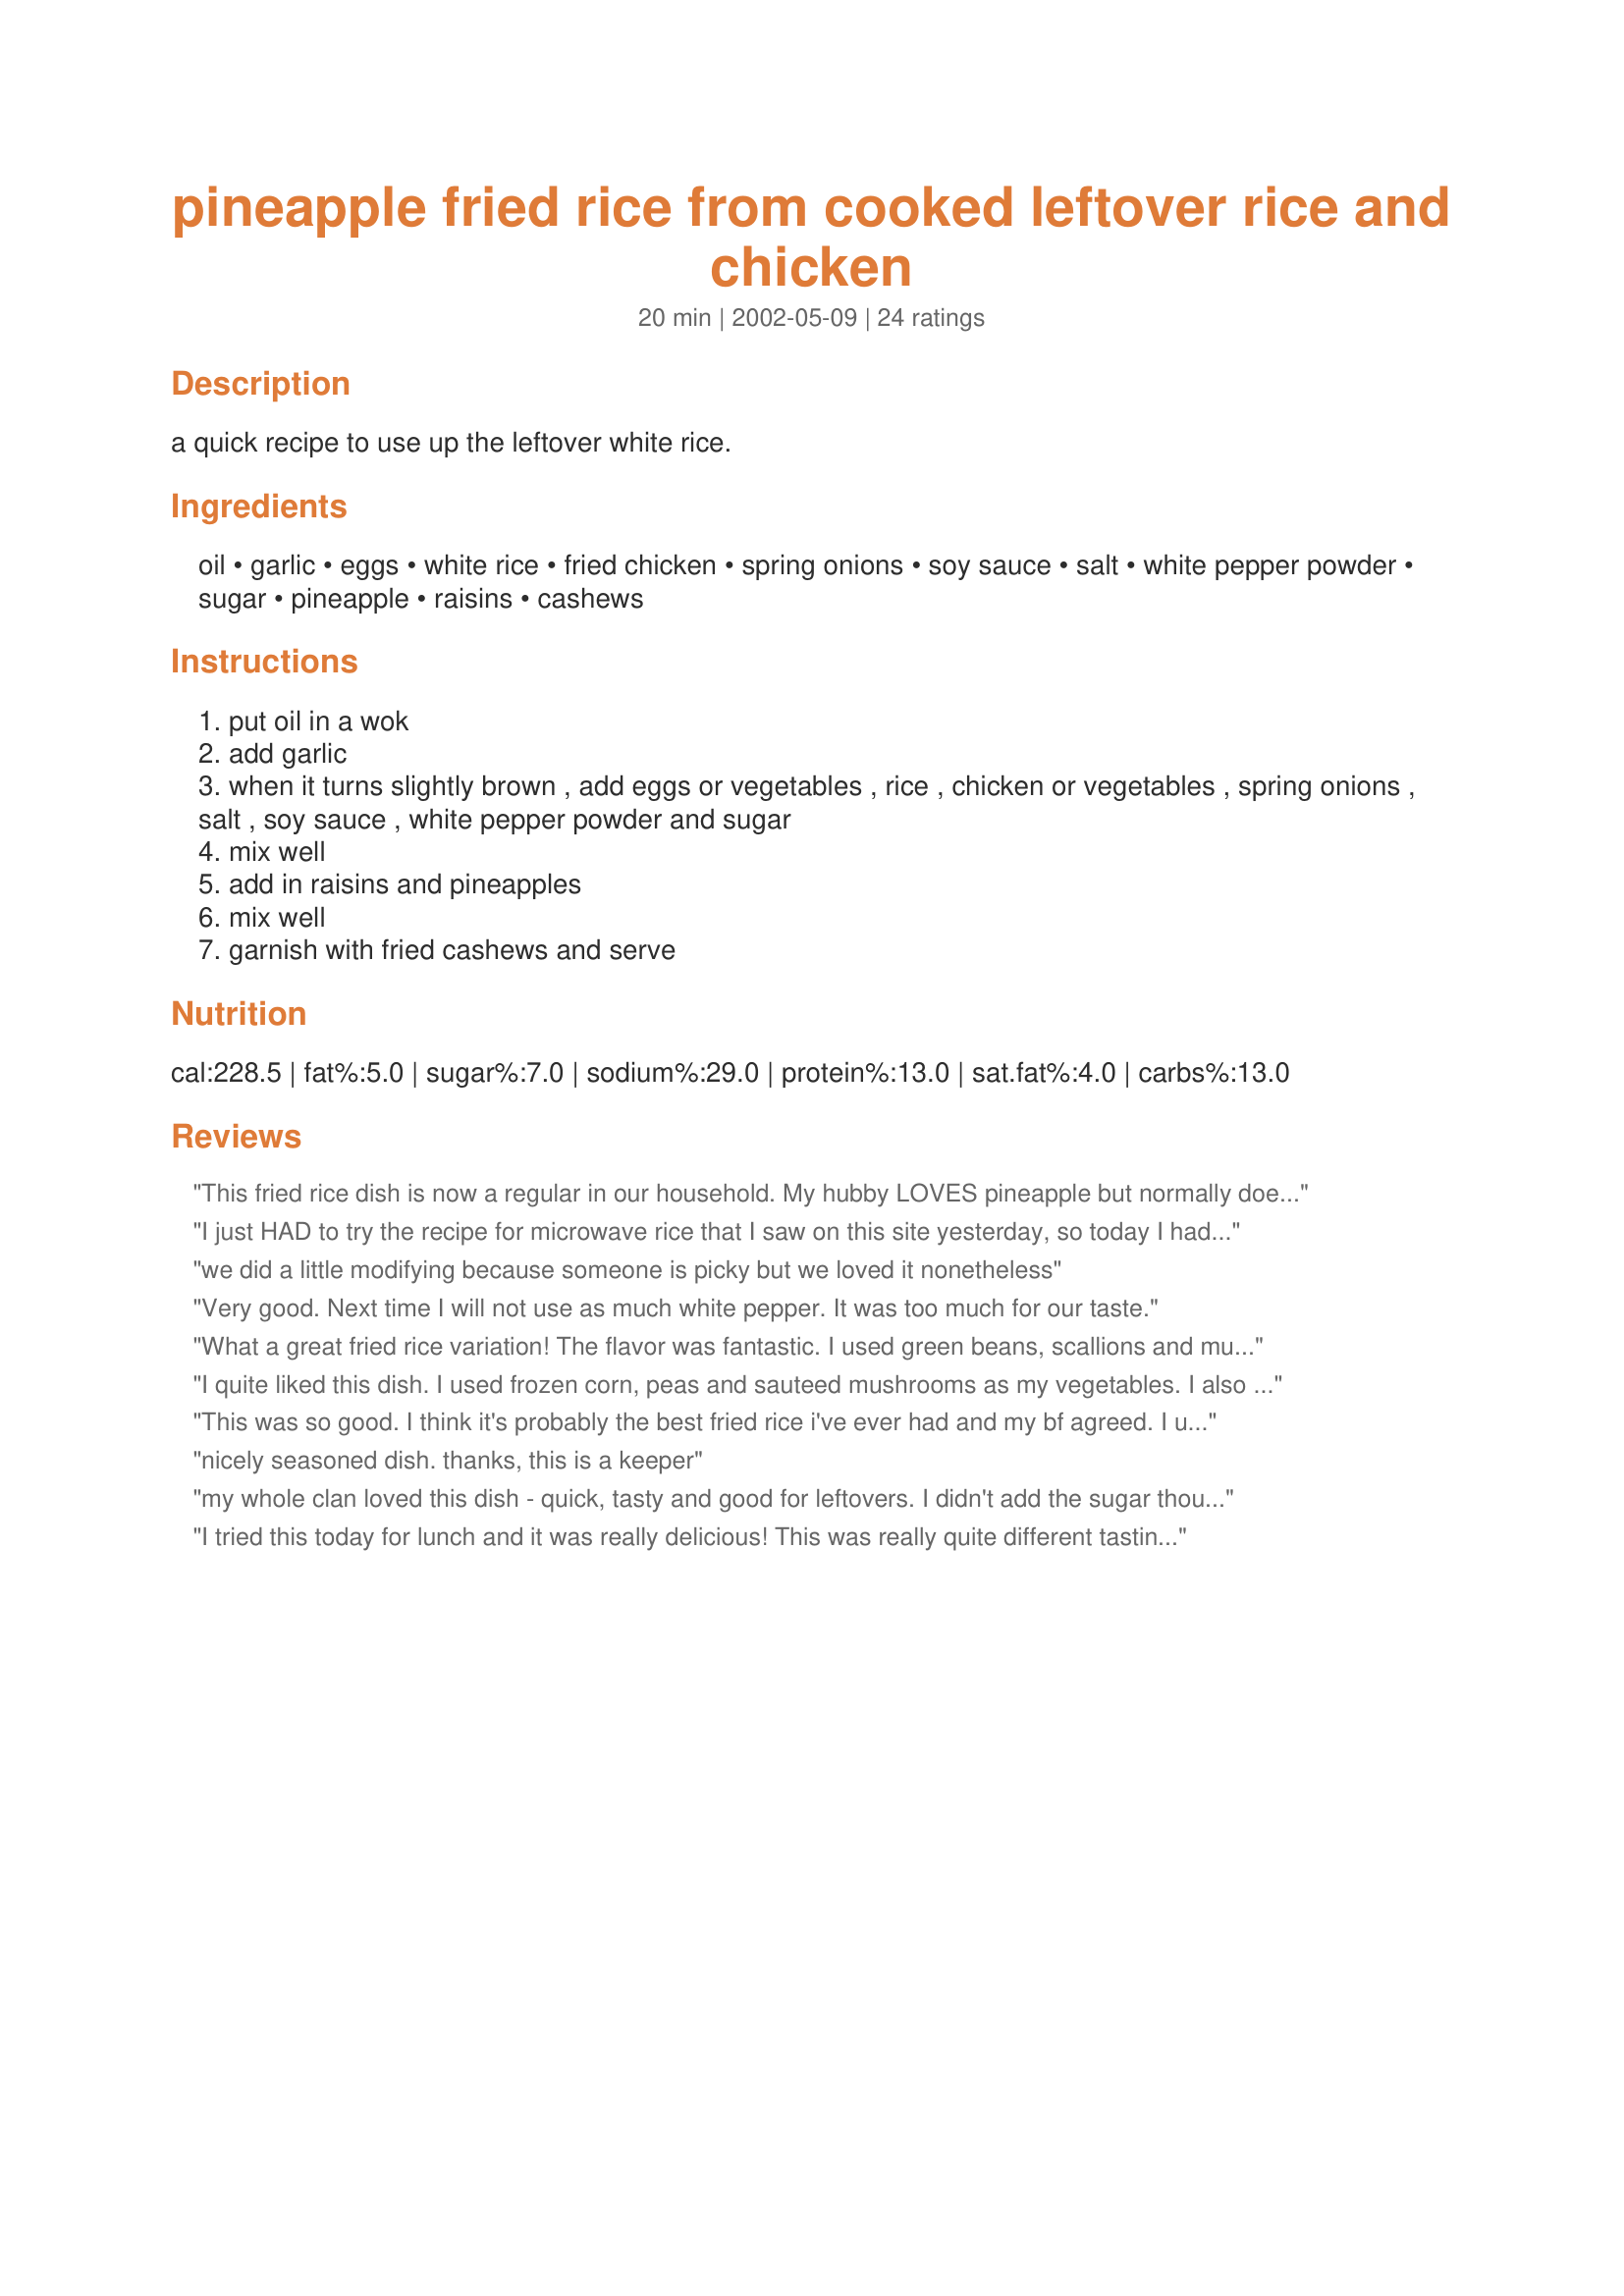
pineapple fried rice from cooked leftover rice and chicken
Preparation time: 20 minutes

a quick recipe to use up the leftover white rice.

Ingredients:
oil, garlic, eggs, white rice, fried chicken, spring onions, soy sauce, salt, white pepper powder, sugar, pineapple, raisins, cashews

Steps:
put oil in a wok
add garlic
when it turns slightly brown , add eggs or vegetables , rice , chicken or vegetables , spring onions , salt , soy sauce , white pepper powder and sugar
mix well
add in raisins and pineapples
mix well
garnish with fried cashews and serve

Reviews:
This fried rice dish is now a regular in our household. My hubby LOVES pineapple but normally doesn't care for rice (considers it to just be a "filler"...)...but he loves this dish. Please see my alterations & tips for this recipe on my blog: http://kitchenandcraftadventures.blogspot.com/2011/06/pineapple-fried-rice.html
I just HAD to try the recipe for microwave rice that I saw on this site yesterday, so today I had a whole lotta leftover rice! (That recipe was great, by the way. I will probably not cook rice on the stovetop again.) But today, looking at all that rice in the fridge got me back to this site, where I ran into your recipe. It perfectly hit the spot! Thanks for posting it. I needed a memory jog about the pineapple & it added so much to the dish. Yum!
we did a little modifying because someone is picky but we loved it nonetheless
Very good. Next time I will not use as much white pepper. It was too much for our taste.
What a great fried rice variation! The flavor was fantastic. I used green beans, scallions and mushrooms and omitted the chicken b/c that was the dinner entree. I forgot to add the cashews and I used more pineapple instead of the raisins. I will definitely make this one again. Great use for leftover rice and/or cleaning out the fridge. Thanks for sharing! :)
I quite liked this dish. I used frozen corn, peas and sauteed mushrooms as my vegetables. I also used leftover canned pineapple. Next time I would probably add diced red pepper for colour.I found that this was very to prepare and will definitely make this again. Thanks for the recipe.
This was so good. I think it's probably the best fried rice i've ever had and my bf agreed. I used diced celery and carrot for my veggies but used double the amount recommended. I had to use chives instead of spring onions cuz it's all I had. I definitely recommend sauteing the veggies and then adding the egg and letting it cook before adding the rice and other ingrediants. I think the small amount of sugar and the flavor of the white pepper totally balance out this dish. I left out the raisins but threw in the cashews and let them cook w/ the dish for a couple minutes instead of just sprinkling them on top. This was devoured!!
nicely seasoned dish. thanks, this is a keeper
my whole clan loved this dish - quick, tasty and good for leftovers. I didn't add the sugar though, as I wasn't too sure about it, and I found that it wasn't missed (I think the fresh pineapple was sweet enough for us). The white pepper and cashews made this especially yummy. Thanx for sharing
I tried this today for lunch and it was really delicious! This was really quite different tasting - I loved the warm pineapple in this dish. I used shrimp for my cooked meat and left out the eggs and raisins (I used extra pineapple instead). I am delighted that with this recipe I was able to turn my leftovers not only into a tasty lunch treat, but also a meal fit for company. Thank you for a really great recipe!
Great flavors and easy to make! We added peas and carrots for our veggies and stirred the cashews into the mix when cooking. We also love extra eggs and prefer to double the recipe since it is so good!
Worst tasting stir fry recipe. Looks like trash and unfortunately when I tried it, it tasted like I just dived into a dumpster and came out smelling worse than when I dived in. Definitely will not be eating this again.
Mmmmm... I made this for a party and it was a hit. Honestly, it doesn't taste good until the end when you add the pineapples and raisins, but after that it was amazing! Highly recommended.
Great way to get rid of leftovers. I didn't have any white pepper, so I made it without; given the other rave reviews, this might have been a necessary ingredient. I'm not sure the recipe as written really serves 4. I used more chicken than called for; next time I'll also use more rice.
This was a very surprising dish with an unusual taste. I think the white pepper did magic. Thanks!
Very yummy and QUICK. Since I had leftover roasted chicken this literally took me 15 minutes to prepare. I left out the sugar and raisins. We had very sweet pineapple. I also didn't have any white pepper so I used black. I added some peas and used peanuts instead of cashews. My son loved this dish and it was perfect for our busy schedule. Very fast to prepare. We used this as a main dish so I added more chicken and rice than the recipe called for. It was a wondeful entree. I highly suggest this recipe to use up those leftovers.
i was craving this thai dish & decided to just make it instead. thank god i found this recipe! i didn't get to use the white pepper but it still hit the spot. will make again.
Nice & Easy. A good way to use left over rice. this recipe made a good lunch for my husband and I. It's easy to customize.
This is pretty good. Just a word of warning, after reading other reviews that said the white pepper was the key to this dish, I thought that I'd add a bit more of it....big mistake! Don't overdo the pepper or you end up with a really spicy hot dish. I ended up adding more sugar to compensate. It still turned out pretty good, but I think it will be even better tomorrow after it has been in the fridge for a night. Also, next time, I might skip the egg. It just makes the rice mushy rather than fluffy. I don't think it is all that necessary...enjoy!
enjoyed this, left out the raisins and used sesame oil as a finishing touch
Loved the flavors with the pineapple. I added broccoli and egg but no meat, thought it was too salty so will use 1/4 t. next time.
I had leftover rice, chicken, pineapple,and peas in my fridge, so this recipe seemed perfect. I used 1 tbsp. yellow onion, and no garnish - didn't have any nuts. Peas was my only vegetable. This is the best fried rice I have ever had! The ingredients blended together so well for a wonderful dining experience. Thank-you for a fabulous recipe to add to my collection.
Yeah, a side dish all the kids ate! Lightly sweet, went well with teriyaki chicken. Didn't use cashews or chicken (as it was a side dish for chicken). I added the eggs and corn. Different taste, but a nice change.
Loved it. I made it on the fly to pair with a turkey tenderloin I had bought at the store that was preseasoned with "Island Spice" and it paired perfectly! I had all the stuff in the house to make it and the one thing I did was add the juice of the pineapple too since I used a small single serving pack. Thanks!
